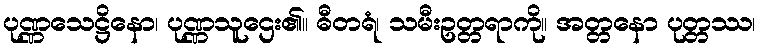
ပုဏ္ဏသေဋ္ဌိနော၊ ပုဏ္ဏသူဌေး၏။ ဓီတရံ၊ သမီးဥတ္တရာကို။ အတ္တနော ပုတ္တဿ၊